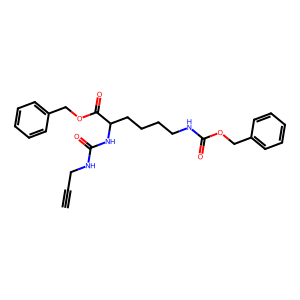
SMILES: C#CCNC(=O)NC(CCCCNC(=O)OCc1ccccc1)C(=O)OCc1ccccc1
Inhibits HIV replication: No